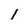
Character: I